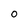
Character: O